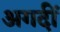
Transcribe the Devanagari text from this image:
अगदीं